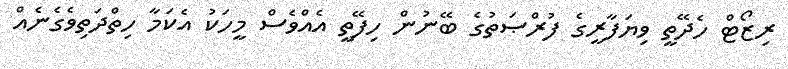
ރިޒޯޓް ހެދޭތީ ވިޔަފާރީގެ ފުރްޞަތުގެ ބޭނުން ހިފޭތީ އެއްވެސް މީހަކު އެކަމާ ހިތްދަތިވެގެނެއް